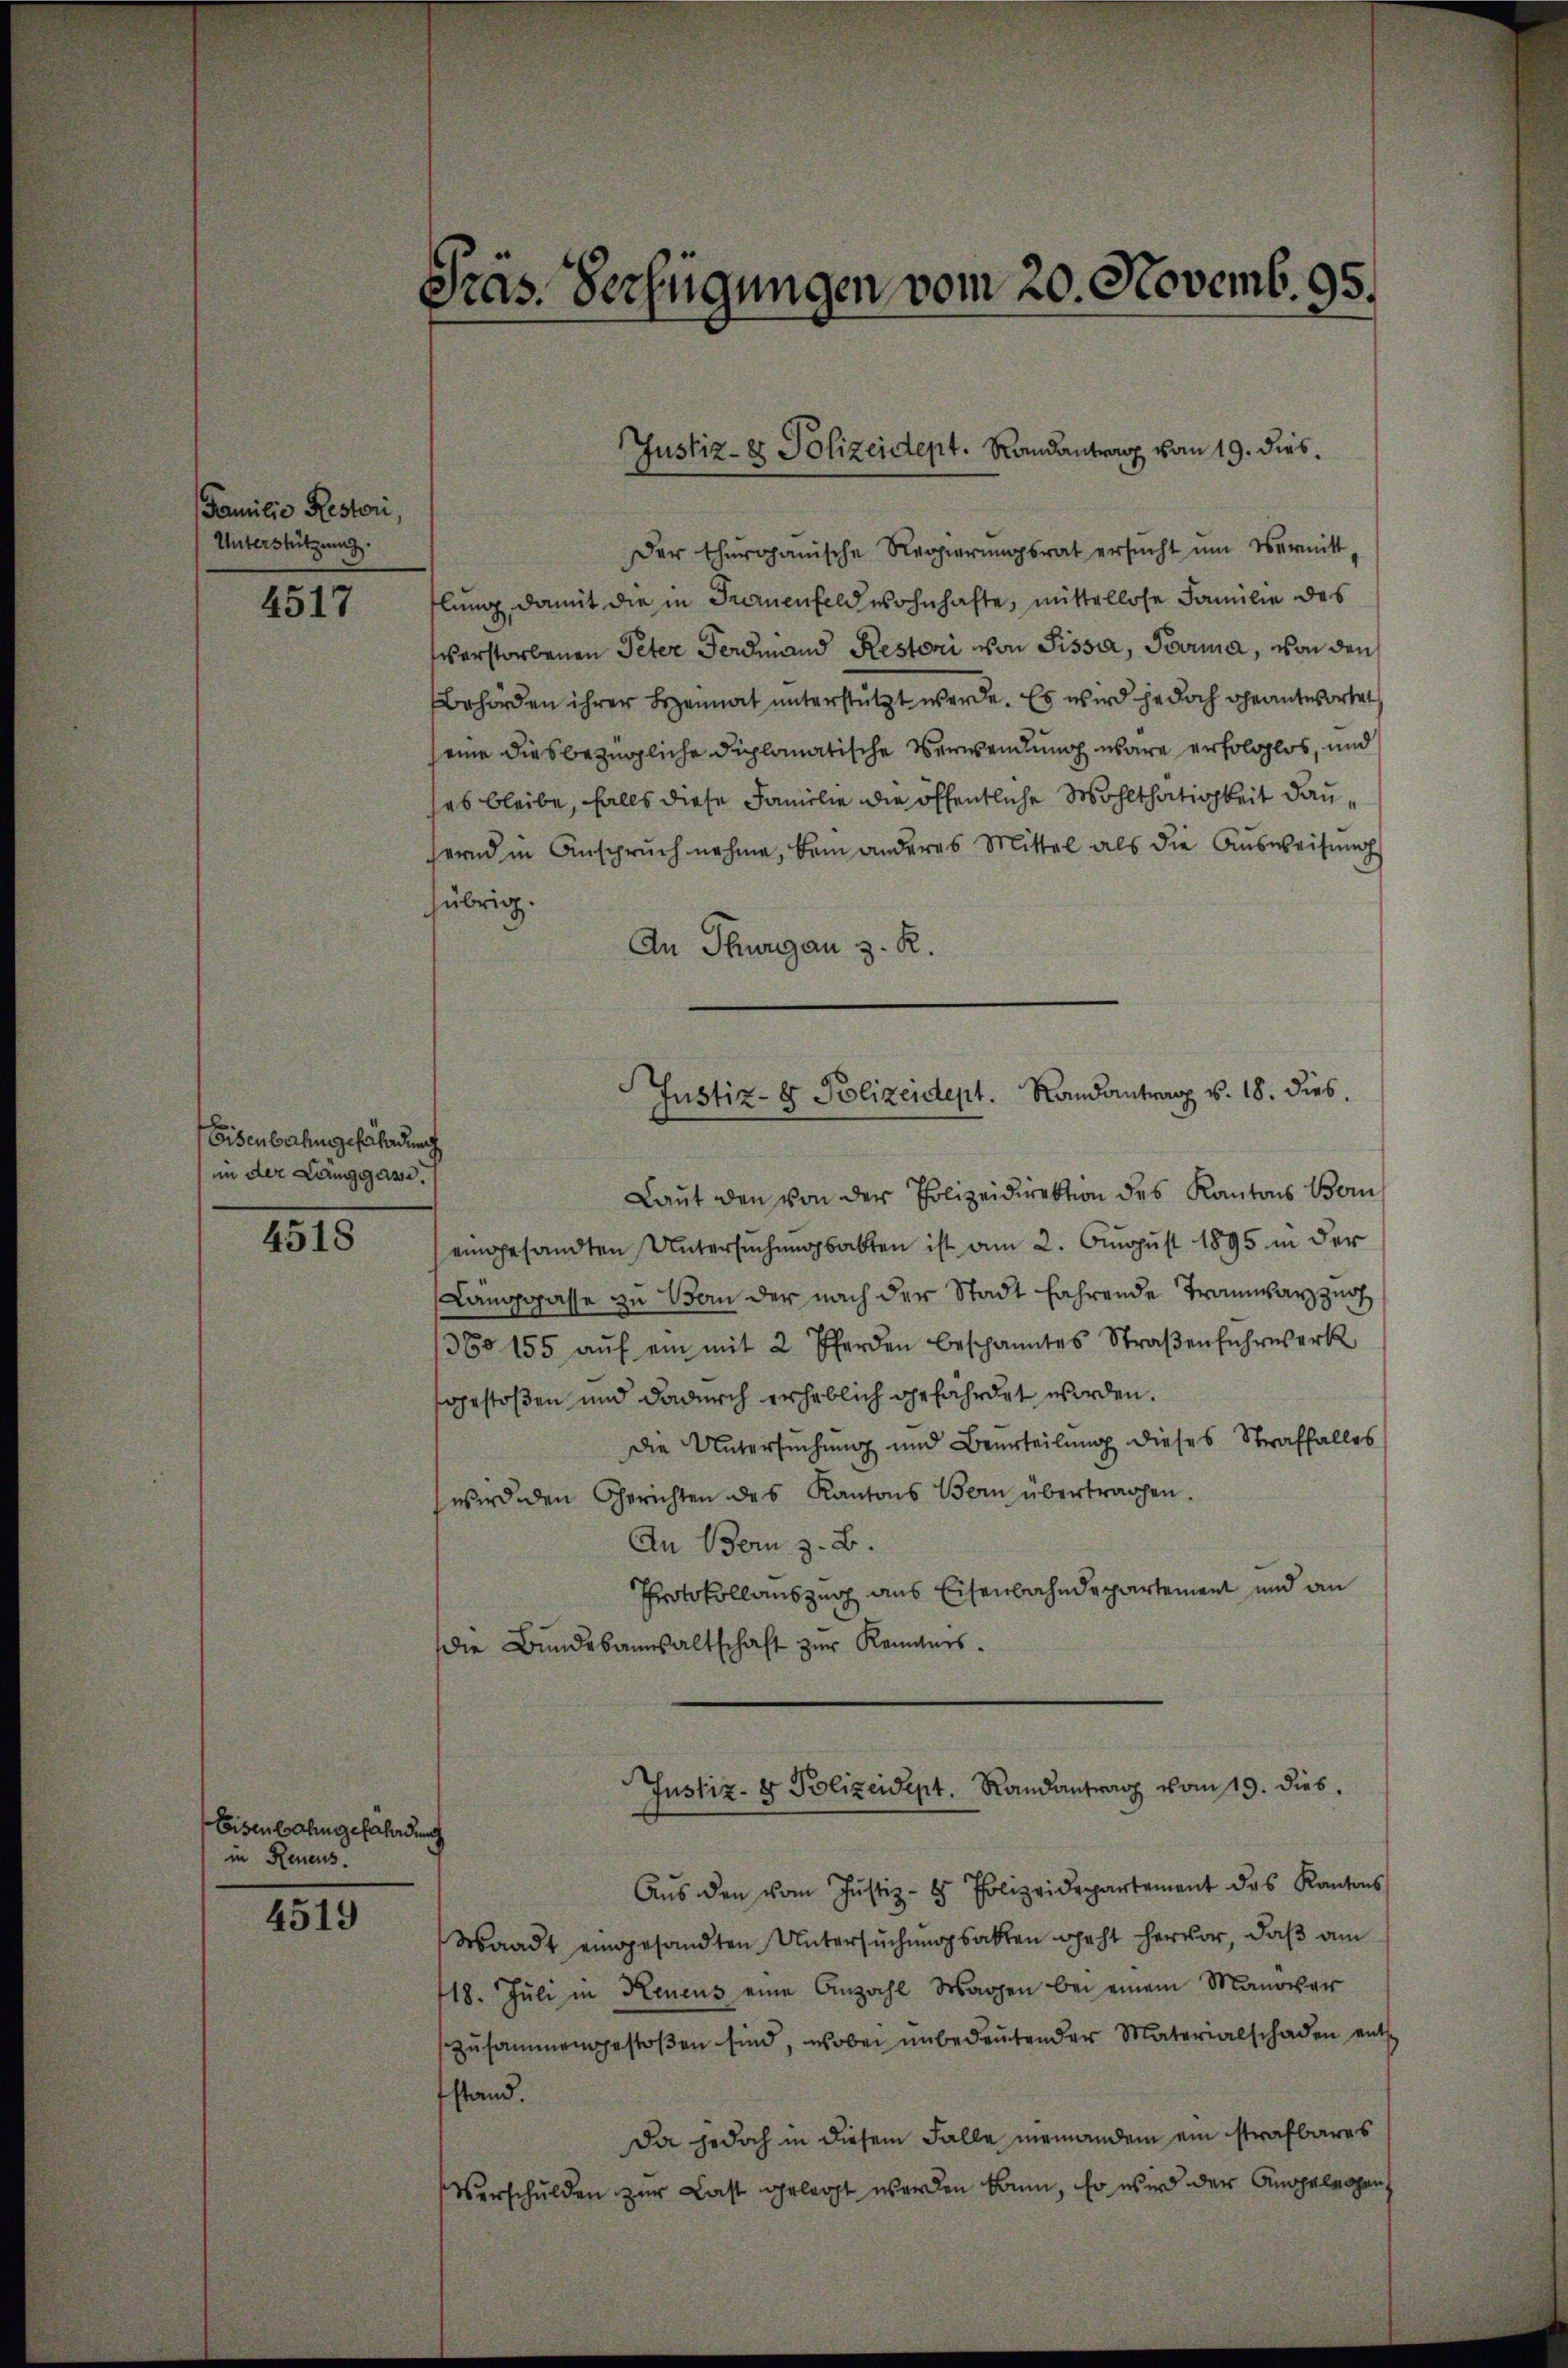
Familie Restori,
Unterstützung.

4517

Eisenbahngefährdung
in der Länggasse.

4518

Eisenbahngefährdung
in Reueus.

4519

Präs. Verfügungen vom 20. Novemb. 95.

Der thurganische Regierŭngsrat ersŭcht ŭm Vermitt-
hlung, damit die in Frauenfeld wohnhafte, mittellose Familie des
verstorbenen Peter Ferdinand Restoni von Pissa, Tora, von den
Behörden ihrer Bezeimat unterstützt werde. Es wird jedoch geantwortet
eine diesbezügliche diplomatische Verwendung wäre erfolglos, und
es bleibe, falls diese Familie die öffentliche Wohlthätigkeit dauhernd in Anspruch nehme, kein anderes Mittel als die Ausweisungs
übrig.
An Thurgau z. R.
Laut den von der Polizeidirektion des Kantons Bern
eingesandten Untersuchungsabten ist am 2. August 1895 in der
Langgasse zu Bern der nach der Stadt fahrende Tramway zur
360 155 aŭf ein mit 2 Pferden beschanntes Straβenfŭhrwerk
gestoßen und dadurch erheblich gefährdet worden.
Die Untersuchung und Beurteilung dieses Straffalles
wird den Gerichten des Kantons Bern übertragen.
An Bern z. B.
Protokollauszug aus Eisenbahndepartement und an
die Bundsbannsaltschaft zur Reingers.
Justiz- & Polizeidept. Randantrag vom 19. dies.
Aŭs den vom Justiz- & Polizeidepartement des Kantons
Waadt eingesandten Untersŭchŭngsakten geht hervor, daβ am
18. Jŭli in Neuens eine Anzahl Magen bei einem Manover
zŭsammengestoβen sind, wobei unbedeutender Materialschaden ents
fstand
Da jedoch in diesem Falle niemandem ein strafbares
Verschulden zur Last gelegt werden kann, so wird der Angelegen

Justiz- & Polizeident. Randantrag vom 19. dies

Justiz- & Polizeident. Randantrag v. 18. dies.